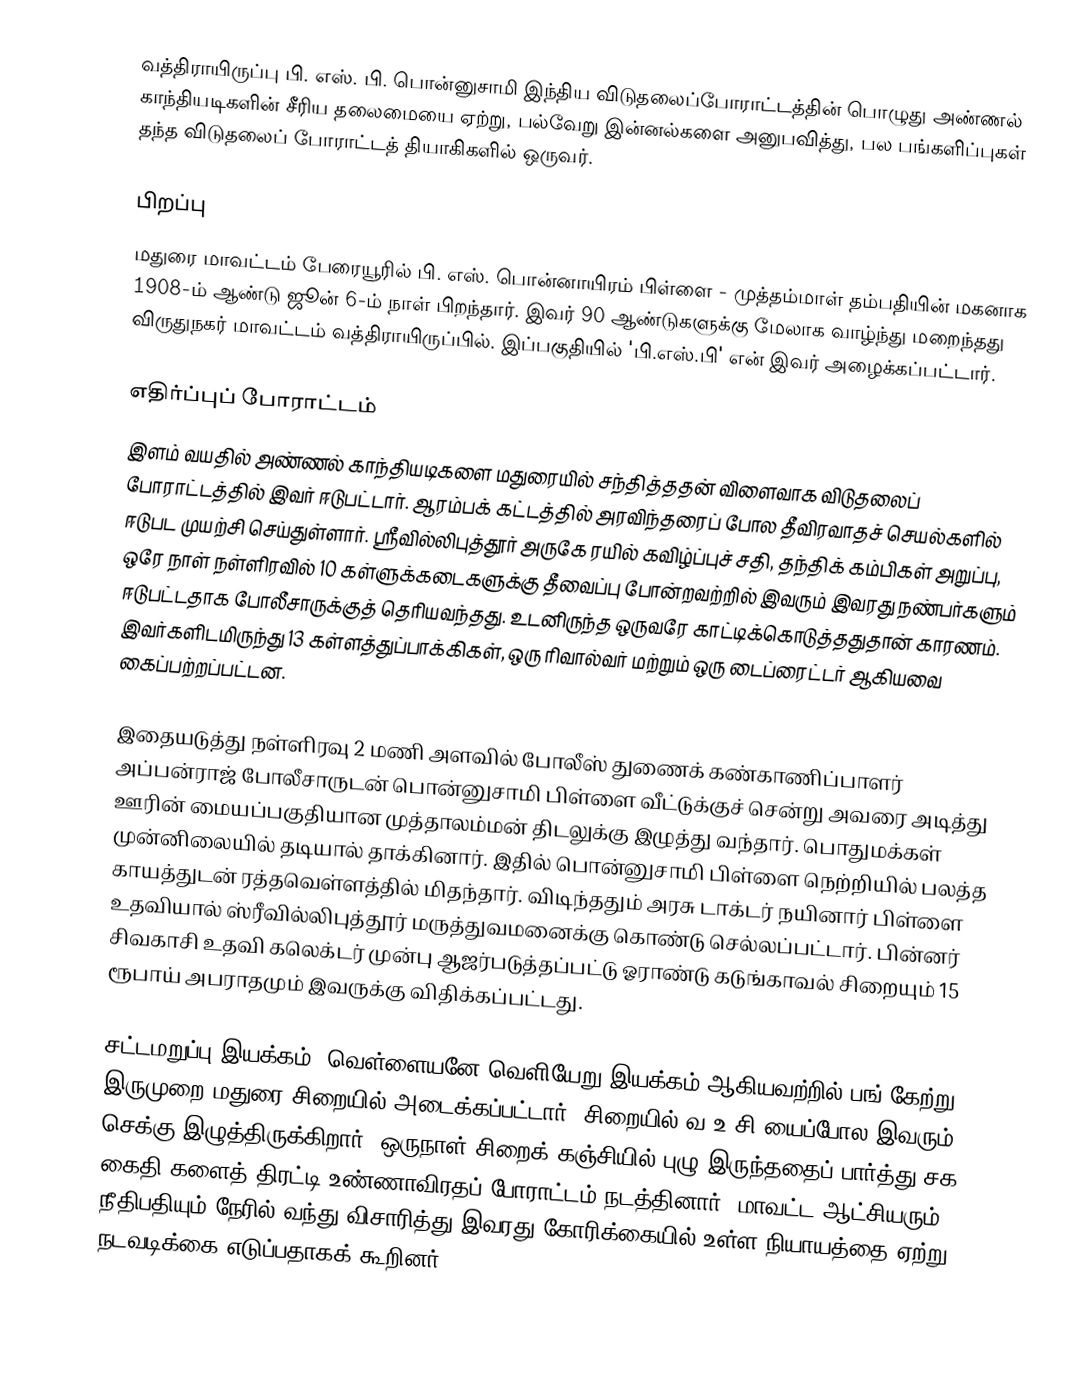
வத்திராயிருப்பு பி. எஸ். பி. பொன்னுசாமி இந்திய விடுதலைப்போராட்டத்தின் பொழுது அண்ணல் காந்தியடிகளின் சீரிய தலைமையை ஏற்று, பல்வேறு இன்னல்களை அனுபவித்து, பல பங்களிப்புகள் தந்த விடுதலைப் போராட்டத் தியாகிகளில் ஒருவர்.

பிறப்பு
மதுரை மாவட்டம் பேரையூரில் பி. எஸ். பொன்னாயிரம் பிள்ளை - முத்தம்மாள் தம்பதியின் மகனாக 1908-ம் ஆண்டு ஜூன் 6-ம் நாள் பிறந்தார். இவர் 90 ஆண்டுகளுக்கு மேலாக வாழ்ந்து மறைந்தது விருதுநகர் மாவட்டம் வத்திராயிருப்பில். இப்பகுதியில் 'பி.எஸ்.பி' என் இவர் அழைக்கப்பட்டார்.

எதிர்ப்புப் போராட்டம்
இளம் வயதில் அண்ணல் காந்தியடிகளை மதுரையில் சந்தித்ததன் விளைவாக விடுதலைப் போராட்டத்தில் இவர் ஈடுபட்டார். ஆரம்பக் கட்டத்தில் அரவிந்தரைப் போல தீவிரவாதச் செயல்களில் ஈடுபட முயற்சி செய்துள்ளார். ஸ்ரீவில்லிபுத்தூர் அருகே ரயில் கவிழ்ப்புச் சதி, தந்திக் கம்பிகள் அறுப்பு, ஒரே நாள் நள்ளிரவில் 10 கள்ளுக்கடைகளுக்கு தீவைப்பு போன்றவற்றில் இவரும் இவரது நண்பர்களும் ஈடுபட்டதாக போலீசாருக்குத் தெரியவந்தது. உடனிருந்த ஒருவரே காட்டிக்கொடுத்ததுதான் காரணம். இவர்களிடமிருந்து 13 கள்ளத்துப்பாக்கிகள், ஒரு ரிவால்வர் மற்றும் ஒரு டைப்ரைட்டர் ஆகியவை கைப்பற்றப்பட்டன.

இதையடுத்து நள்ளிரவு 2 மணி அளவில் போலீஸ் துணைக் கண்காணிப்பாளர் அப்பன்ராஜ் போலீசாருடன் பொன்னுசாமி பிள்ளை வீட்டுக்குச் சென்று அவரை அடித்து ஊரின் மையப்பகுதியான முத்தாலம்மன் திடலுக்கு இழுத்து வந்தார். பொதுமக்கள் முன்னிலையில் தடியால் தாக்கினார். இதில் பொன்னுசாமி பிள்ளை நெற்றியில் பலத்த காயத்துடன் ரத்தவெள்ளத்தில் மிதந்தார். விடிந்ததும் அரசு டாக்டர் நயினார் பிள்ளை உதவியால் ஸ்ரீவில்லிபுத்தூர் மருத்துவமனைக்கு கொண்டு செல்லப்பட்டார். பின்னர் சிவகாசி உதவி கலெக்டர் முன்பு ஆஜர்படுத்தப்பட்டு ஓராண்டு கடுங்காவல் சிறையும் 15 ரூபாய் அபராதமும் இவருக்கு விதிக்கப்பட்டது.

சட்டமறுப்பு இயக்கம், வெள்ளையனே வெளியேறு இயக்கம் ஆகியவற்றில் பங் கேற்று இருமுறை மதுரை சிறையில் அடைக்கப்பட்டார். சிறையில் வ.உ.சி.யைப்போல இவரும் செக்கு இழுத்திருக்கிறார். ஒருநாள் சிறைக் கஞ்சியில் புழு இருந்ததைப் பார்த்து சக கைதி களைத் திரட்டி உண்ணாவிரதப் போராட்டம் நடத்தினார். மாவட்ட ஆட்சியரும், நீதிபதியும் நேரில் வந்து விசாரித்து இவரது கோரிக்கையில் உள்ள நியாயத்தை ஏற்று நடவடிக்கை எடுப்பதாகக் கூறினர்